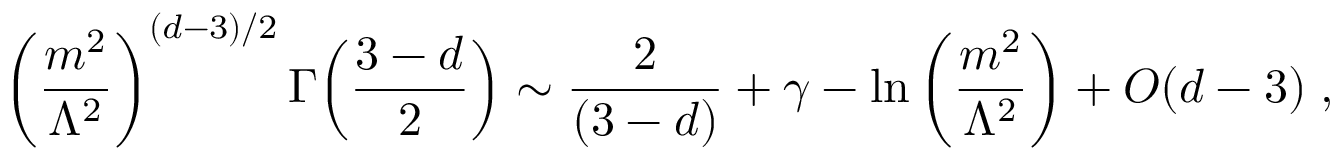
\left( \frac { m ^ { 2 } } { \Lambda ^ { 2 } } \right) ^ { ( d - 3 ) / 2 } \Gamma { \left( \frac { 3 - d } { 2 } \right) } \sim { \frac { 2 } { ( 3 - d ) } } + \gamma - { \ln } \left( \frac { m ^ { 2 } } { \Lambda ^ { 2 } } \right) + O ( d - 3 ) \; ,